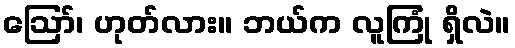
ဪ၊ ဟုတ်လား။ ဘယ်က လူကြုံ ရှိလဲ။